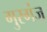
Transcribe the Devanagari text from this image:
गुरगंज